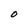
Character: 0